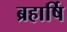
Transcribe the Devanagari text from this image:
ब्रहार्षि